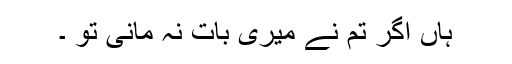
ہاں اگر تم نے میری بات نہ مانی تو ۔